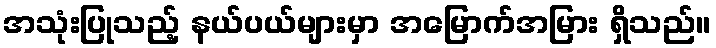
အသုံးပြုသည့် နယ်ပယ်များမှာ အမြောက်အမြား ရှိသည်။